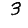
Digit: 3